Vaccination in Bombay 1889-1901 - 1889-1901
Year: 1889
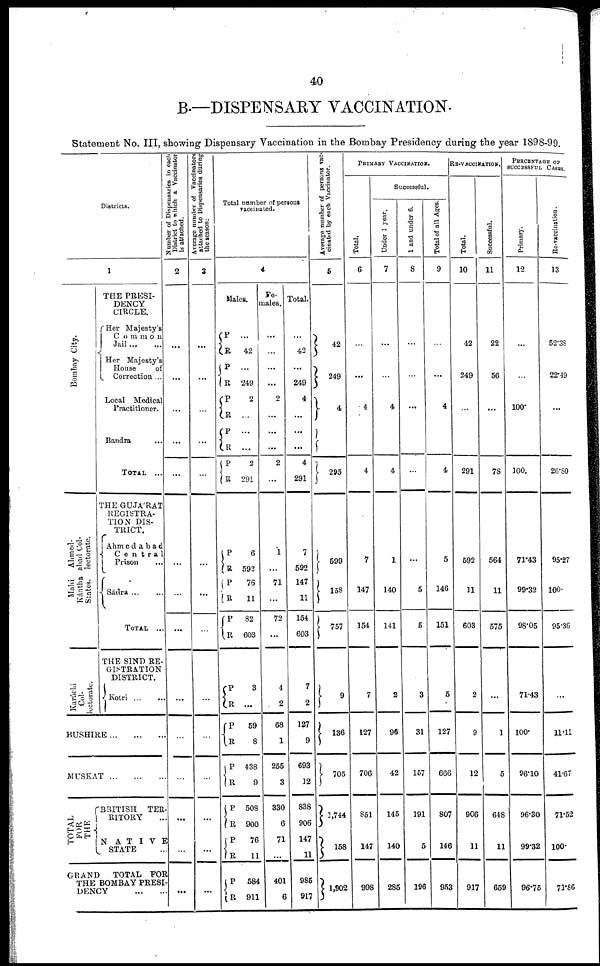
40
B.—DISPENSARY VACCINATION.
Statement No. III, showing Dispensary Vaccination in the Bombay Presidency during the year 1898-99.
Districts.
1
Bombay City.
Ahmed-
abad Col-
lectorate.
Mahi
Kántha
States.
Karáchi
Col-
lectorate.
THE PRESI-
DENCY
CIRCLE.
Her Majesty's
Common
Jail
...
...
Her Majesty's
House
of
Correction ...
Local Medical
Practitioner.
Bandra ...
TOTAL ...
THE GUJA'RAT
REGISTRA-
TION DIS-
TRICT.
Ahmedabad
Central
Prison...
Sádra ... ...
TOTAL
...
THE SIND RE-
GISTRATION
DISTRICT.
Kotri
...
...
BUSHIRE
...
...
...
MUSKAT
...
...
...
TOTAL
FOR
THE
BRITISH TER-
RITORY ...
NATIVE
STATE ...
GRAND
TOTAL FOR
THE BOMBAY PRESI-
DENCY
...
...
Number of Dispensaries in each
District to which a Vaccinator
is attached.
2
...
...
...
...
...
...
...
...
...
...
...
...
...
...
Average number of Vaccinators
attached to Dispensaries during
the season.
3
...
...
...
...
...
...
...
...
...
...
...
...
...
...
Total number of persons
vaccinated.
4
Males.
P R.
P
R
P R
P
R
P
R
P
R
P
R
P
R
P
R
P
R
P
R
P
R
P
R
P
R
...
42
...
249
2
...
...
...
2
291
6
592
76
11
82
603
3
...
59
8
438
9
508
900
76
11
584
911
Fe-
males.
...
...
...
...
2
...
...
...
2
...
1
...
71
...
72
...
4
2
68
1
255
3
330
6
71
...
401
6
Total.
...
42
...
249
4
...
...
...
4
291
7
592
147
11
154
603
7
2
127
9
693
12
838
906
147
11
985
917
Average number of persons vac-
cinated by each Vaccinator.
5
42
249
4
295
599
158
757
9
136
705
1,744
158
1,902
PRIMARY VACCINATION.
Total.
6
...
...
4
4
7
147
154
7
127
706
851
147
998
Successful.
Under 1 year.
7
...
...
4
4
1
140
141
2
96
42
145
140
285
1 and under 6.
8
...
...
...
...
...
5
5
3
31
157
191
5
196
Total of all Ages.
9
...
...
4
4
5
146
151
5
127
666
807
146
953
RE-VACCINATION.
Total.
10
42
249
...
291
592
11
603
2
9
12
906
11
917
Successful.
11
22
56
...
78
564
11
575
...
1
5
648
11
659
PERCENTAGE OF
SUCCESSFUL CASES.
Primary.
12
...
...
100.
100.
71.43
99.32
98.05
71.43
100.
96.10
96.30
99.32
96.75
Re-vaccination.
13
52.38
22.49
...
26.80
95.27
100.
95.36
...
11.11
41.67
71.52
100.
71.86